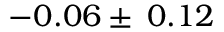
- 0 . 0 6 \pm \: 0 . 1 2